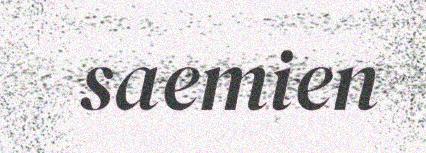
saemien